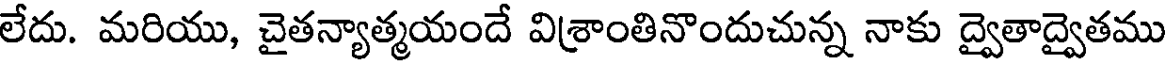
లేదు. మరియు, చైతన్యాత్మయందే విశ్రాంతినొందుచున్న నాకు ద్వైతాద్వైతము